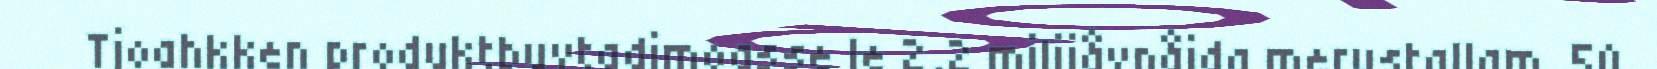
Tjoahkken produktbuvtadimoasse le 2,2 milijåvnåjda merustallam. 50